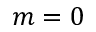
m = 0